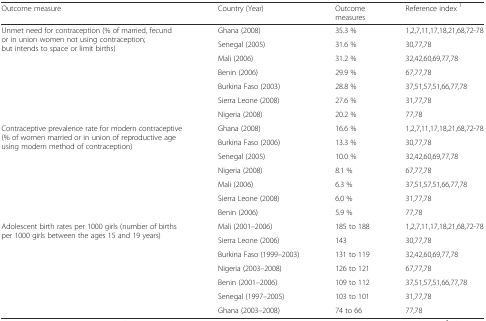
| Outcome measure | Country (Year) | Outcome measures | Reference index 1 |
 | --- | --- | --- | --- |
 | <ROWSPAN=7> Unmet need for contraception (% of married, fecund or in union women not using contraception; but intends to space or limit births) | Ghana (2008) | 35.3 % | 1,2,7,11,17,18,21,68,72-78 |
 | Senegal (2005) | 31.6 % | 30,77,78 |
 | Mali (2006) | 31.2 % | 32,42,60,69,77,78 |
 | Benin (2006) | 29.9 % | 67,77,78 |
 | Burkina Faso (2003) | 28.8 % | 37,51,57,51,66,77,78 |
 | Sierra Leone (2008) | 27.6 % | 31,77,78 |
 | Nigeria (2008) | 20.2 % | 77,78 |
 | <ROWSPAN=7> Contraceptive prevalence rate for modern contraceptive (% of women married or in union of reproductive age using modern method of contraception) | Ghana (2008) | 16.6 % | 1,2,7,11,17,18,21,68,72-78 |
 | Burkina Faso (2006) | 13.3 % | 30,77,78 |
 | Senegal (2005) | 10.0 % | 32,42,60,69,77,78 |
 | Nigeria (2008) | 8.1 % | 67,77,78 |
 | Mali (2006) | 6.3 % | 37,51,57,51,66,77,78 |
 | Sierra Leone (2008) | 6.0 % | 31,77,78 |
 | Benin (2006) | 5.9 % | 77,78 |
 | <ROWSPAN=7> Adolescent birth rates per 1000 girls (number of births per 1000 girls between the ages 15 and 19 years) | Mali (2001–2006) | 185 to 188 | 1,2,7,11,17,18,21,68,72-78 |
 | Sierra Leone (2006) | 143 | 30,77,78 |
 | Burkina Faso (1999–2003) | 131 to 119 | 32,42,60,69,77,78 |
 | Nigeria (2003–2008) | 126 to 121 | 67,77,78 |
 | Benin (2001–2006) | 109 to 112 | 37,51,57,51,66,77,78 |
 | Senegal (1997–2005) | 103 to 101 | 31,77,78 |
 | Ghana (2003–2008) | 74 to 66 | 77,78 |